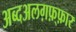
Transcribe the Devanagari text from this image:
अब्दअलग़फ़्फ़ार